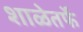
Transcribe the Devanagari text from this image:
शाळेतर्फे